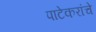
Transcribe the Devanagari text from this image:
पाटेकरांचे